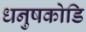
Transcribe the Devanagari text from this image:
धनुषकोडि